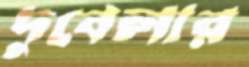
দুবেলার